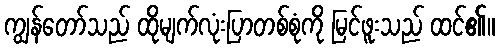
ကျွန်တော်သည် ထိုမျက်လုံးပြာတစ်စုံကို မြင်ဖူးသည် ထင်၏။